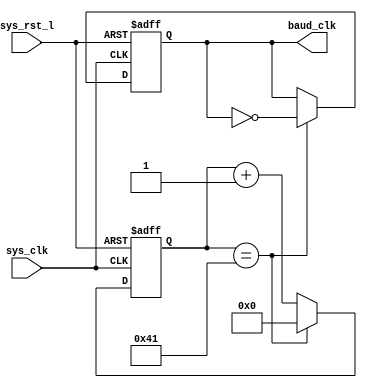

// 

module baud(
			sys_clk,
			sys_rst_l,
		
			baud_clk				
		);

parameter	XTAL_CLK = 20000000;
parameter	BAUD = 9600;
parameter	CLK_DIV = XTAL_CLK / (BAUD * 16 * 2);
parameter	CW = 9;		// CW >= log2(CLK_DIV)

input 			sys_clk;
input			sys_rst_l;
output			baud_clk;

reg		[CW-1:0]	clk_div;
reg				baud_clk;

//
// 
//

always @(posedge sys_clk or negedge sys_rst_l)
	if (~sys_rst_l) begin
		clk_div  <= 0;
		baud_clk <= 0; 
	end 
	else if (clk_div == CLK_DIV) begin
		clk_div  <= 0;
		baud_clk <= ~baud_clk;
	end 
	else begin
		clk_div  <= clk_div + 1;
		baud_clk <= baud_clk;
	end
endmodule